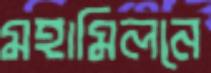
মহামিলনে